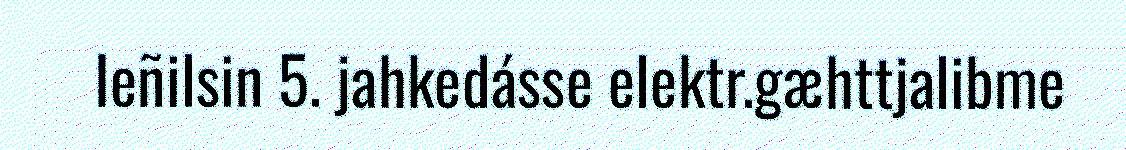
Ieñilsin 5. jahkedásse elektr.gæhttjalibme